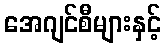
အေဂျင်စီများနှင့်